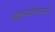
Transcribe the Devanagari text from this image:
वीक्षणालिंगनांनीं